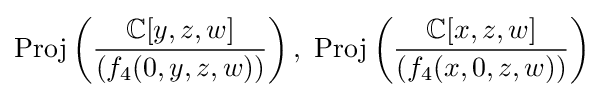
{\text{Proj}}\left({\frac {\mathbb {C} [y,z,w]}{(f_{4}(0,y,z,w))}}\right),{\text{ }}{\text{Proj}}\left({\frac {\mathbb {C} [x,z,w]}{(f_{4}(x,0,z,w))}}\right)